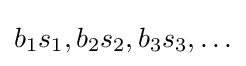
b_{1}s_{1},b_{2}s_{2},b_{3}s_{3},\ldots